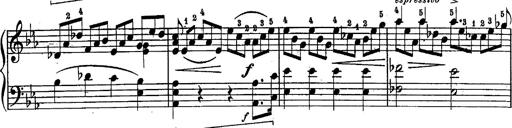
Title: Schubert's Impromptus [revised and edited by Franz Liszt]
Composer: Franz Liszt